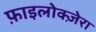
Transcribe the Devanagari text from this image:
फ़ाइलोक्ज़ेरा